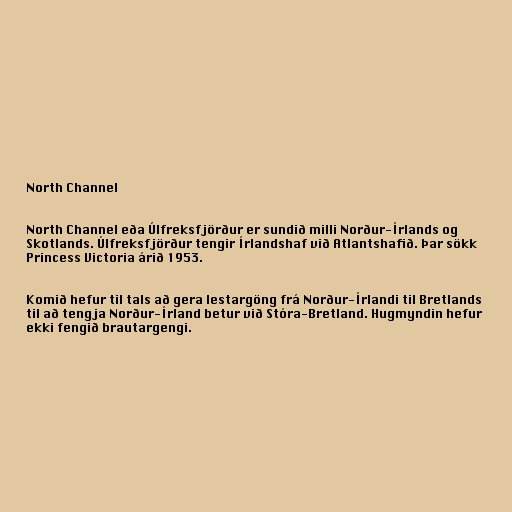
North Channel

North Channel eða Úlfreksfjörður er sundið milli Norður-Írlands og
Skotlands. Úlfreksfjörður tengir Írlandshaf við Atlantshafið. Þar sökk
Princess Victoria árið 1953.

Komið hefur til tals að gera lestargöng frá Norður-Írlandi til Bretlands
til að tengja Norður-Írland betur við Stóra-Bretland. Hugmyndin hefur
ekki fengið brautargengi.